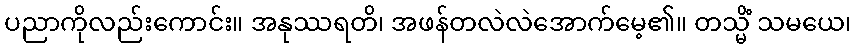
ပညာကိုလည်းကောင်း။ အနုဿရတိ၊ အဖန်တလဲလဲအောက်မေ့၏။ တသ္မိံ သမယေ၊